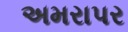
અમરાપર